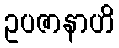
ဥပဇာနာဟိ